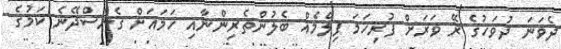
ދެވަނަ ދުވަހުގެ ރޭ ވަރަށް ފުރިހަމަ ފިލްމެއް ބެލުންތެރިންނާއި ހަމައަށް ގެނެސްދޭނެ ކަމުގެ